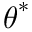
\boldsymbol { \theta } ^ { * }